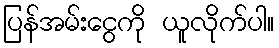
ပြန်အမ်းငွေကို ယူလိုက်ပါ။